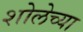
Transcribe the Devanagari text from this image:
शोलेच्या